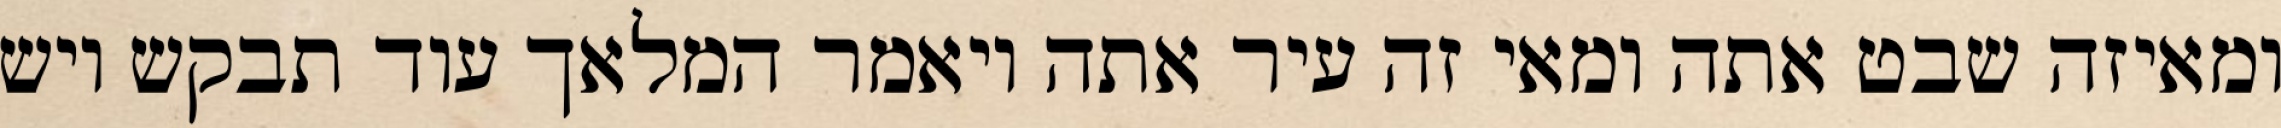
ומאיזה שבט אתה ומאי זה עיר אתה ויאמר המלאך עוד תבקש ויש